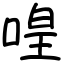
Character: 喤